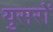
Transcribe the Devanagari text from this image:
युसरों